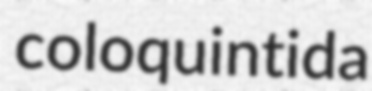
coloquintida